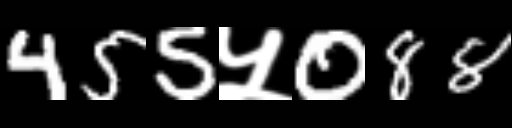
Text: 455५088